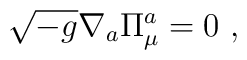
\sqrt{-g} \nabla_{a} \Pi^{a}_{\mu} = 0 \ ,